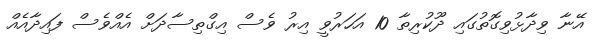
އޭނާ ވިދާޅުވިގޮތުގައި ދޫކުރިތާ 10 އަހަރުވީ އިރު ވެސް އިގްތިސާދަށް އެއްވެސް ފައިދާއެއް